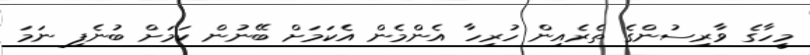
މީހާގެ ވާރިސުންގެ ތެރެއިން ހުރިހާ އެންމެން އެކަމަށް ބޭނުން ކަމަށް ބުނެފި ނަމަ